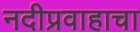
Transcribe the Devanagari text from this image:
नदीप्रवाहाचा